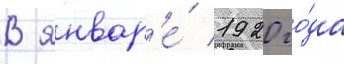
В январ'е́ 1920 го́да